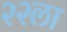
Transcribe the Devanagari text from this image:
२२ला